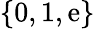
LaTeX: \{ 0,1,{\mathrm{e}}\}